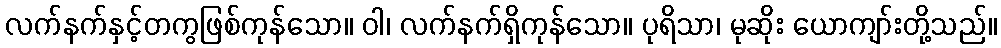
လက်နက်နှင့်တကွဖြစ်ကုန်သော။ ဝါ၊ လက်နက်ရှိကုန်သော။ ပုရိသာ၊ မုဆိုး ယောကျာ်းတို့သည်။